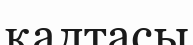
қалтасы